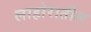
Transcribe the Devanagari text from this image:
लाहोरातील